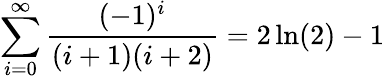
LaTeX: \sum_{i=0}^{\infty}{\frac{(-1)^{i}}{(i+1)(i+2)}}=2\ln(2)-1